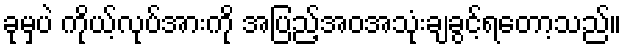
ခုမှပဲ ကိုယ့်လုပ်အားကို အပြည့်အဝအသုံးချခွင့်ရတော့သည်။